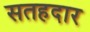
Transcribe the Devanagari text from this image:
सतहदार